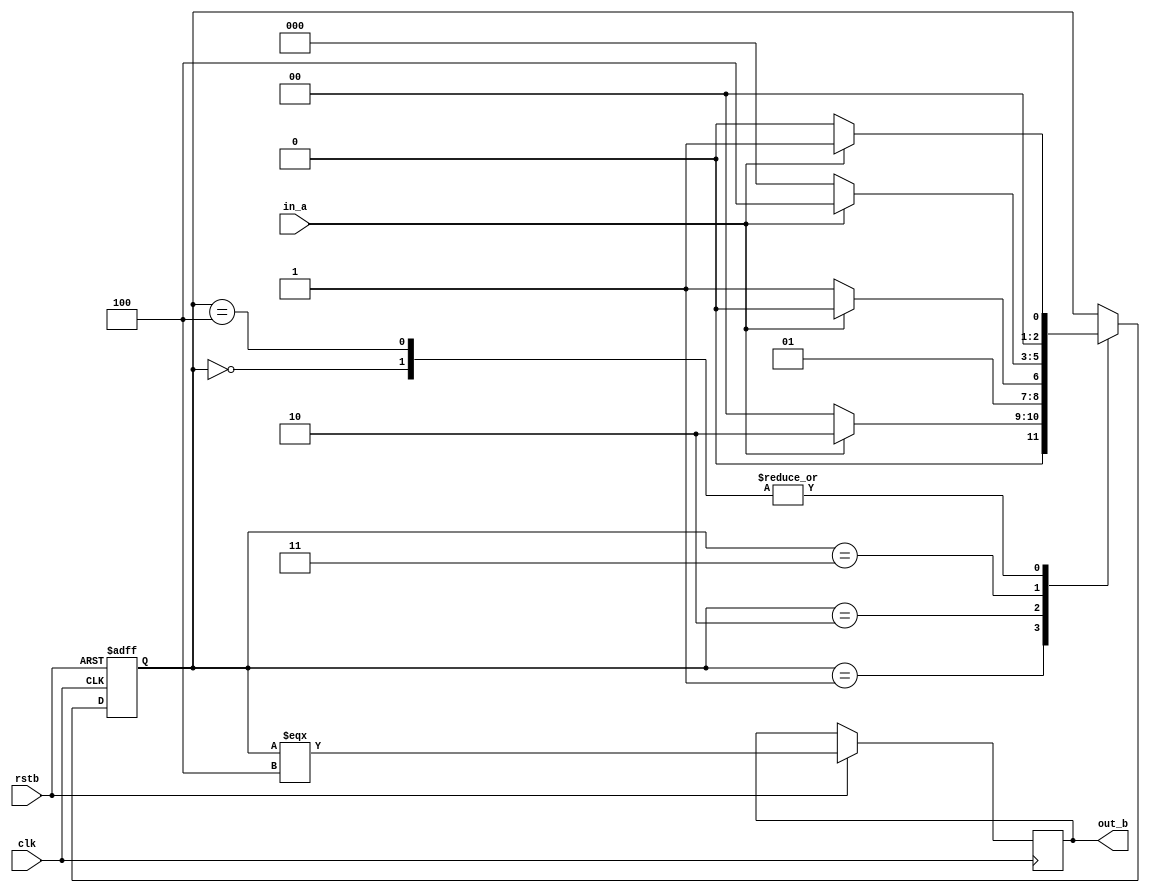
module seq_check
	(clk,
	rstb,
	in_a,
	out_b);

input wire clk;
input wire rstb;
input wire in_a;
output reg out_b;

localparam S0 = 3'b000,
S1 = 3'b001,
S2 = 3'b010,
S3 = 3'b011,
S4 = 3'b100;

reg [2:0] now_state,state_nxt;

always@(*)
begin
	state_nxt = now_state;
	case(now_state)
	S0:
	begin
		if(in_a)
		begin
			state_nxt = S1;
		end
		else
		begin
			state_nxt = S0;
		end
	end
	S1:
	begin
		if(in_a)
		begin
			state_nxt = S2;
		end
		else
		begin
			state_nxt = S0;
		end
	end
	S2:
	begin
		if(!in_a)
		begin
			state_nxt = S3;
		end
		else
		begin
			state_nxt = S2;
		end
	end
	S3:
	begin
		if(in_a)
		begin
			state_nxt = S4;
		end
		else
		begin
			state_nxt = S0;
		end
	end
	S4:
	begin
		if(in_a)
		begin
			state_nxt = S1;
		end
	    else
		begin
			state_nxt = S0;
		end
	end	
	default:begin end
endcase
end

always@(posedge clk or negedge rstb)
begin
	if(!rstb)
	begin
		now_state = S0;
	end
	else
	begin
		now_state <= state_nxt;
		out_b <= (now_state === S4);
	end
end

endmodule